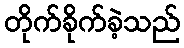
တိုက်ခိုက်ခဲ့သည်